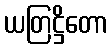
ယတြဋ္ဌိတော